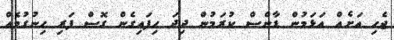
ޖެހި އަށެއް އަޅަމުން ޑާންސް ކުރަމުން ދިދަ ހިފައިގެން ގޮސް ފަރި ހިނުގުމެއް